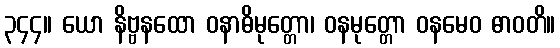
၃၄၄။ ယော နိဗ္ဗနထော ဝနာဓိမုတ္တော၊ ဝနမုတ္တော ဝနမေဝ ဓာဝတိ။